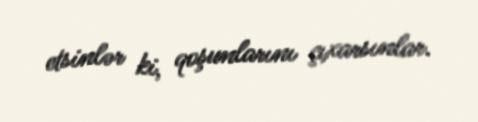
etsinlər ki, qoşunlarını çıxarsınlar.